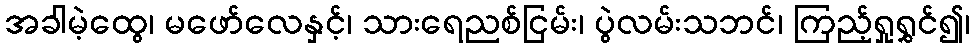
အခါမဲ့ထွေ၊ မဖော်လေနှင့်၊ သားရေညစ်ငြမ်း၊ ပွဲလမ်းသဘင်၊ ကြည့်ရှုရွှင်၍၊